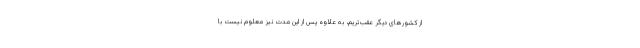
از کشورهای دیگر عقب‌تریم، به علاوه پس از این مدت نیز معلوم نیست با